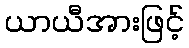
ယာယီအားဖြင့်